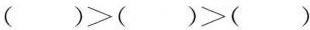
$$( )>( )>( )$$